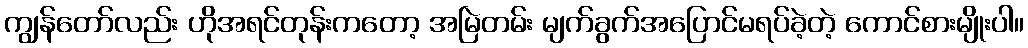
ကျွန်တော်လည်း ဟိုအရင်တုန်းကတော့ အမြဲတမ်း မျက်ခွက်အပြောင်မရပ်ခဲ့တဲ့ ကောင်စားမျိုးပါ။